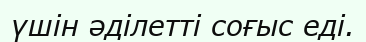
үшін әділетті соғыс еді.